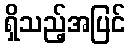
ရှိသည့်အပြင်